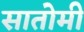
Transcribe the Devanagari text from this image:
सातोमी